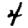
Digit: 4